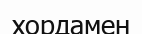
хордамен